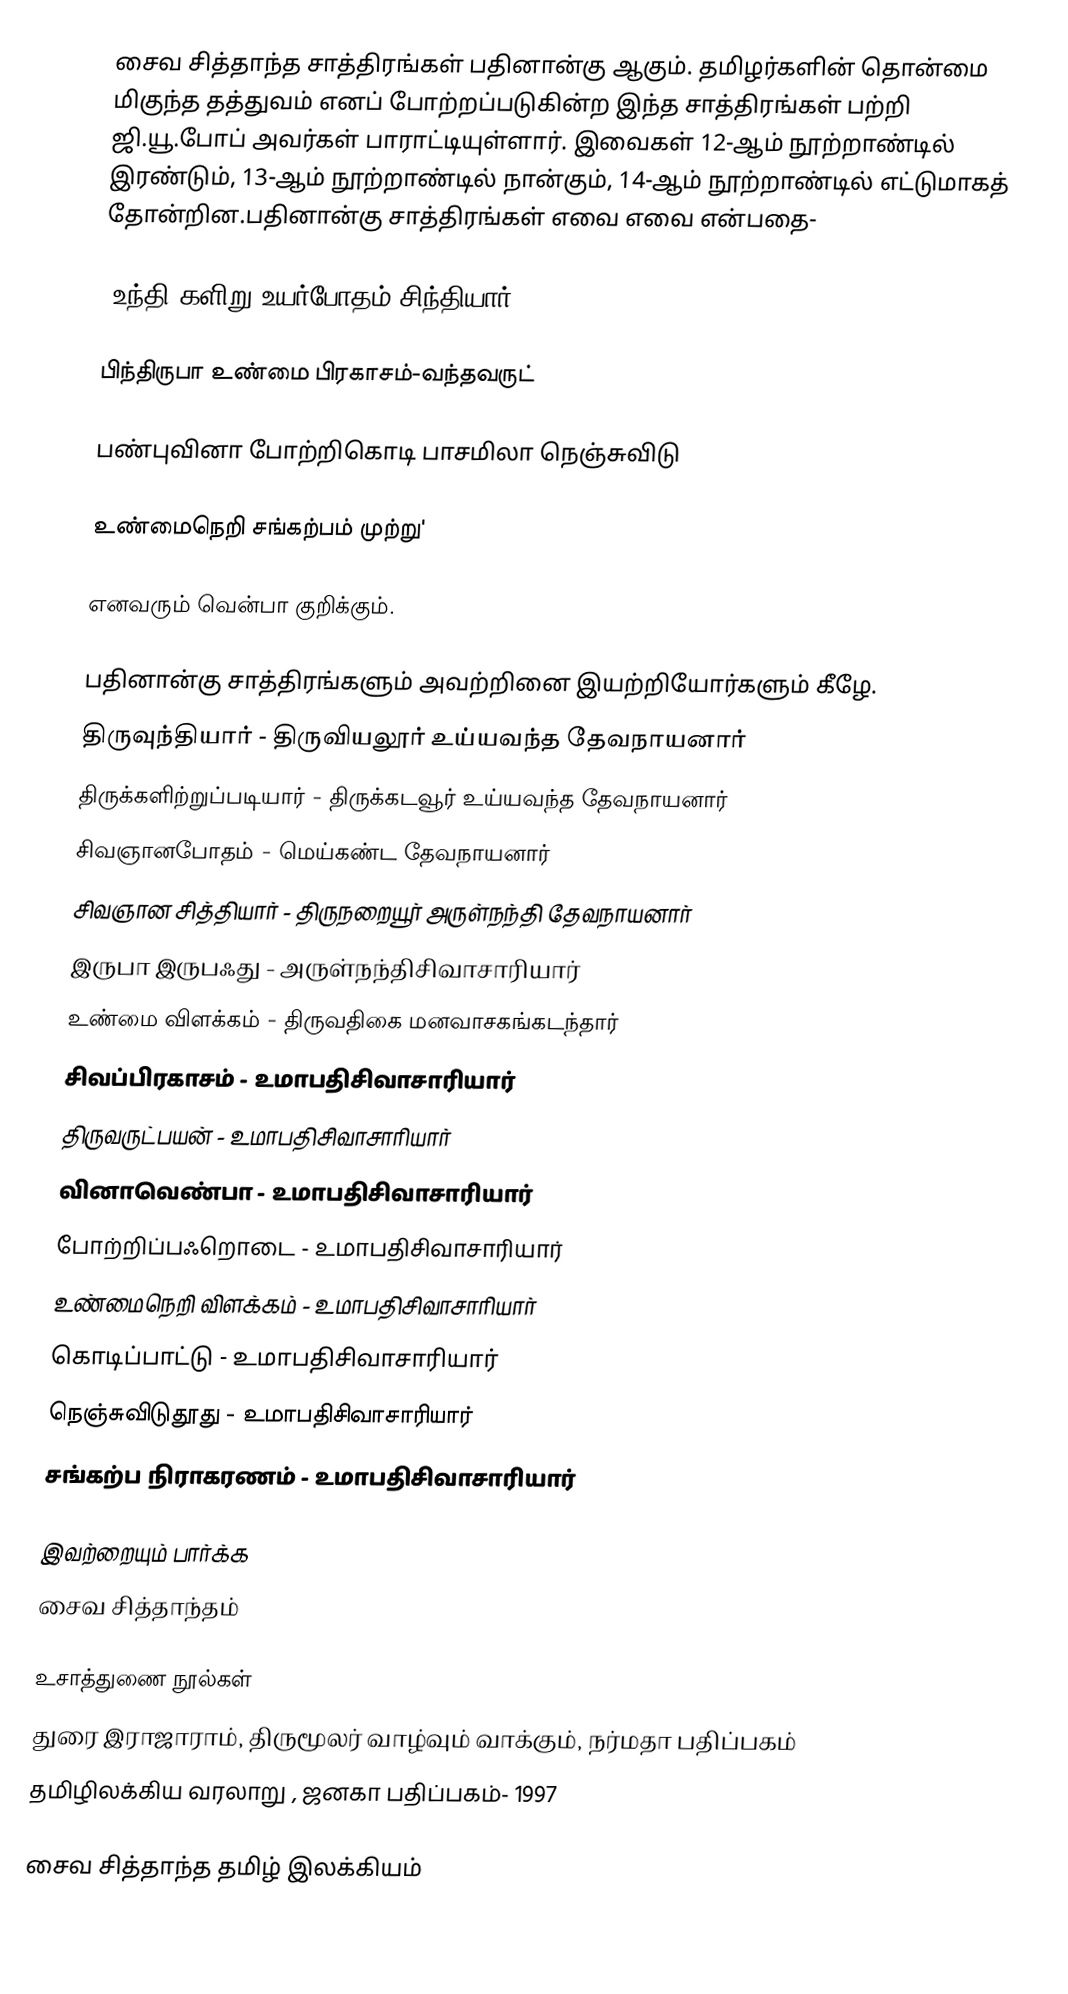
சைவ சித்தாந்த சாத்திரங்கள் பதினான்கு ஆகும். தமிழர்களின் தொன்மை மிகுந்த தத்துவம் எனப் போற்றப்படுகின்ற இந்த சாத்திரங்கள் பற்றி ஜி.யூ.போப்  அவர்கள் பாராட்டியுள்ளார். இவைகள் 12-ஆம் நூற்றாண்டில் இரண்டும், 13-ஆம் நூற்றாண்டில் நான்கும், 14-ஆம் நூற்றாண்டில் எட்டுமாகத் தோன்றின.பதினான்கு சாத்திரங்கள் எவை எவை என்பதை-

 'உந்தி களிறு உயர்போதம் சிந்தியார்

பிந்திருபா உண்மை பிரகாசம்-வந்தவருட்

பண்புவினா போற்றிகொடி பாசமிலா நெஞ்சுவிடு

உண்மைநெறி சங்கற்பம் முற்று'

எனவரும் வென்பா குறிக்கும்.

பதினான்கு சாத்திரங்களும் அவற்றினை இயற்றியோர்களும் கீழே.
 திருவுந்தியார் - திருவியலூர் உய்யவந்த தேவநாயனார்
 திருக்களிற்றுப்படியார் - திருக்கடவூர் உய்யவந்த தேவநாயனார்
 சிவஞானபோதம் - மெய்கண்ட தேவநாயனார்
 சிவஞான சித்தியார் - திருநறையூர் அருள்நந்தி தேவநாயனார்
 இருபா இருபஃது - அருள்நந்திசிவாசாரியார்
 உண்மை விளக்கம் - திருவதிகை மனவாசகங்கடந்தார்
 சிவப்பிரகாசம் - உமாபதிசிவாசாரியார்
 திருவருட்பயன் - உமாபதிசிவாசாரியார்
 வினாவெண்பா - உமாபதிசிவாசாரியார்
 போற்றிப்பஃறொடை -  உமாபதிசிவாசாரியார்
 உண்மைநெறி விளக்கம் - உமாபதிசிவாசாரியார்
 கொடிப்பாட்டு - உமாபதிசிவாசாரியார்
 நெஞ்சுவிடுதூது - உமாபதிசிவாசாரியார்
 சங்கற்ப நிராகரணம் - உமாபதிசிவாசாரியார்

இவற்றையும் பார்க்க
சைவ சித்தாந்தம்

உசாத்துணை நூல்கள்
 துரை இராஜாராம், திருமூலர் வாழ்வும் வாக்கும், நர்மதா பதிப்பகம்
 தமிழிலக்கிய வரலாறு , ஜனகா பதிப்பகம்- 1997

சைவ சித்தாந்த தமிழ் இலக்கியம்